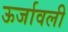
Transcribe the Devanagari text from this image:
ऊर्जावली